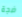
ضجة